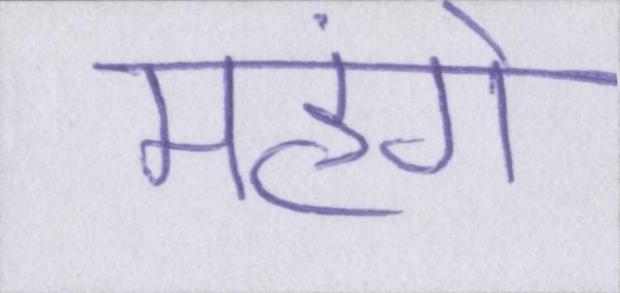
महंगे